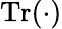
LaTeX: \operatorname{Tr}(\cdot)